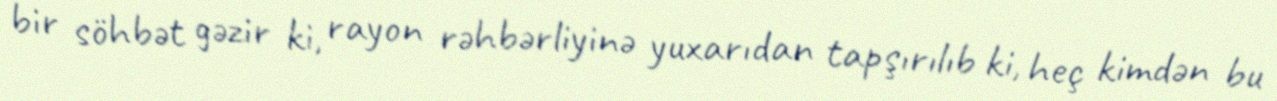
bir söhbət gəzir ki, rayon rəhbərliyinə yuxarıdan tapşırılıb ki, heç kimdən bu